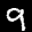
Label: 9